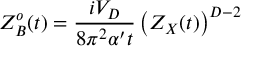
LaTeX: Z _ { B } ^ { o } ( t ) = { \frac { i V _ { D } } { 8 \pi ^ { 2 } \alpha ^ { \prime } t } } \left( Z _ { X } ( t ) \right) ^ { D - 2 }